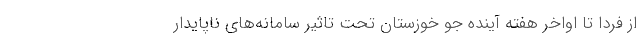
از فردا تا اواخر هفته آینده جو خوزستان تحت تاثیر سامانه‌های ناپایدار